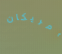
أمريكان